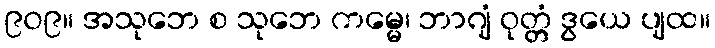
၉၀၉။ အသုဘေ စ သုဘေ ကမ္မေ၊ ဘာဂျံ ဝုတ္တံ ဒွယေ ပျထ။